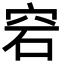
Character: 𥥔